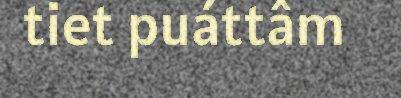
tiet puáttâm